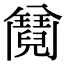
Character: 𩰕